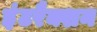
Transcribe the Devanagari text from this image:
इंटरैक्शन